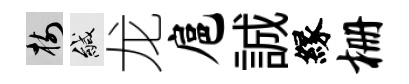
樹緘龙扈誠縁栅